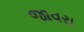
જાવરા